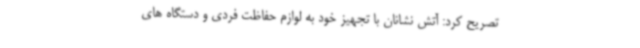
تصریح کرد: آتش نشانان با تجهیز خود به لوازم حفاظت فردی و دستگاه های